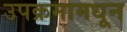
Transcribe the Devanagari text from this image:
उपक्रमामधून